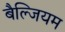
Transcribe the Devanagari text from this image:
बैल्जियम